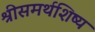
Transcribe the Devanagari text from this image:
श्रीसमर्थशिष्य